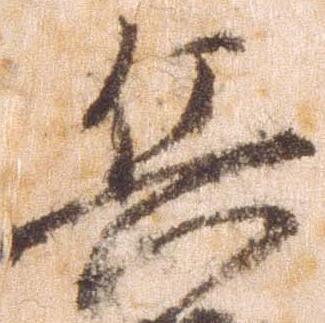
兵